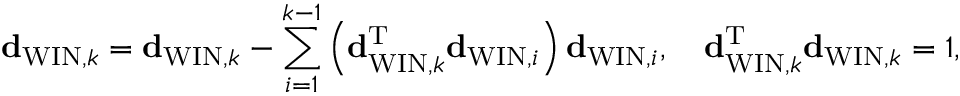
{ \bf d } _ { \mathrm { W I N } , k } = { \bf d } _ { \mathrm { W I N } , k } - \sum _ { i = 1 } ^ { k - 1 } \left( { \bf d } _ { \mathrm { W I N } , k } ^ { \mathrm { T } } { \bf d } _ { \mathrm { W I N } , i } \right) { \bf d } _ { \mathrm { W I N } , i } , \quad { \bf d } _ { \mathrm { W I N } , k } ^ { \mathrm { T } } { \bf d } _ { \mathrm { W I N } , k } = 1 ,